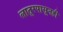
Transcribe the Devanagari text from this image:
लातूरपासूनही